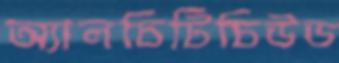
অ্যালচিটিচিউড